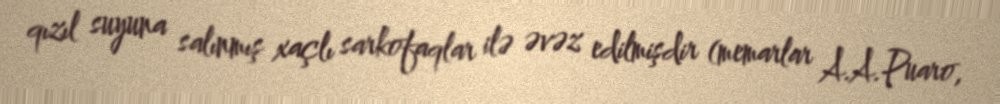
qızıl suyuna salınmış xaçlı sarkofaqlar ilə əvəz edilmişdir (memarlar A.A.Puaro,